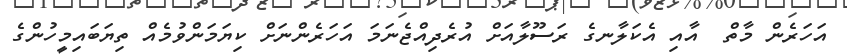
އަހަރެން މާތް  އާއި އެކަލާނގެ ރަސޫލާއަށް އުރެދިއްޖެނަމަ އަހަރެންނަށް ކިޔަމަންވުމެއް ތިޔަބައިމީހުންގެ